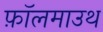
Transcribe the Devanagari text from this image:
फ़ॉलमाउथ